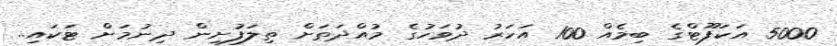
5000 އަކަފޫޓްގެ ބިމެއް 100 އަހަރު ދުވަހުގެ މުއްދަތަށް ތިލަފުށިން ދިނުމަށް ޓަކައި..